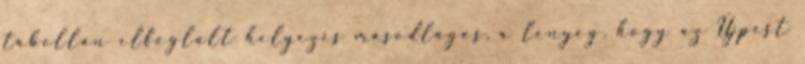
tabellán elfoglalt helyezés másodlagos, a lényeg, hogy az Újpest